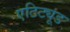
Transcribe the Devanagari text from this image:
एटिट्यूड